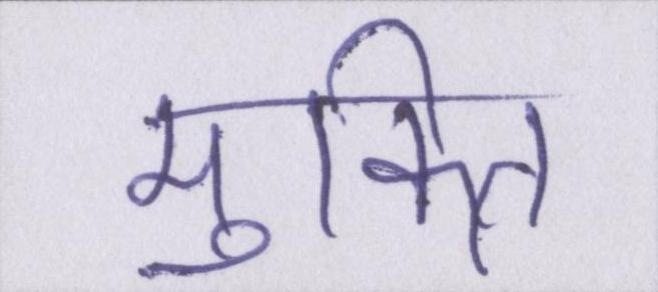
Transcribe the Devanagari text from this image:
मुक्ति